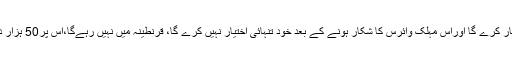
جو کوئی شخص کرونا وائرس کے دوبارہ ٹیسٹ سے انکار کرے گا اوراس مہلک وائرس کا شکار ہونے کے بعد خود تنہائی اختیار نہیں کرے گا، قرنطینہ میں نہیں رہےگا،اس پر50 ہزار درہم (13612 ڈالر) کا بھاری جرمانہ عاید کیا جائے گا۔